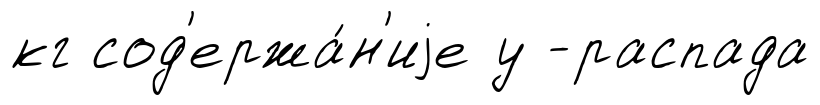
кг сод'ержа́н'иjе у -распада